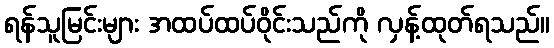
ရန်သူမြင်းများ အထပ်ထပ်ဝိုင်းသည်ကို လှန့်ထုတ်ရသည်။